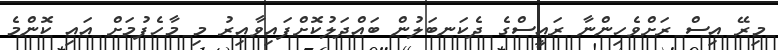
މިރޭ އިސް ރަށްވެހިންނާ ރައީސްގެ ދެކަނބަލުން ބައްދަލުކޮށްފައިވާއިރު މި މާހެފުމަށް އައި ކޮންމެ